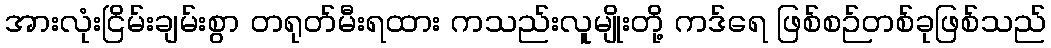
အားလုံးငြိမ်းချမ်းစွာ တရုတ်မီးရထား ကသည်းလူမျိုးတို့ ကဒ်ရေ ဖြစ်စဉ်တစ်ခုဖြစ်သည်